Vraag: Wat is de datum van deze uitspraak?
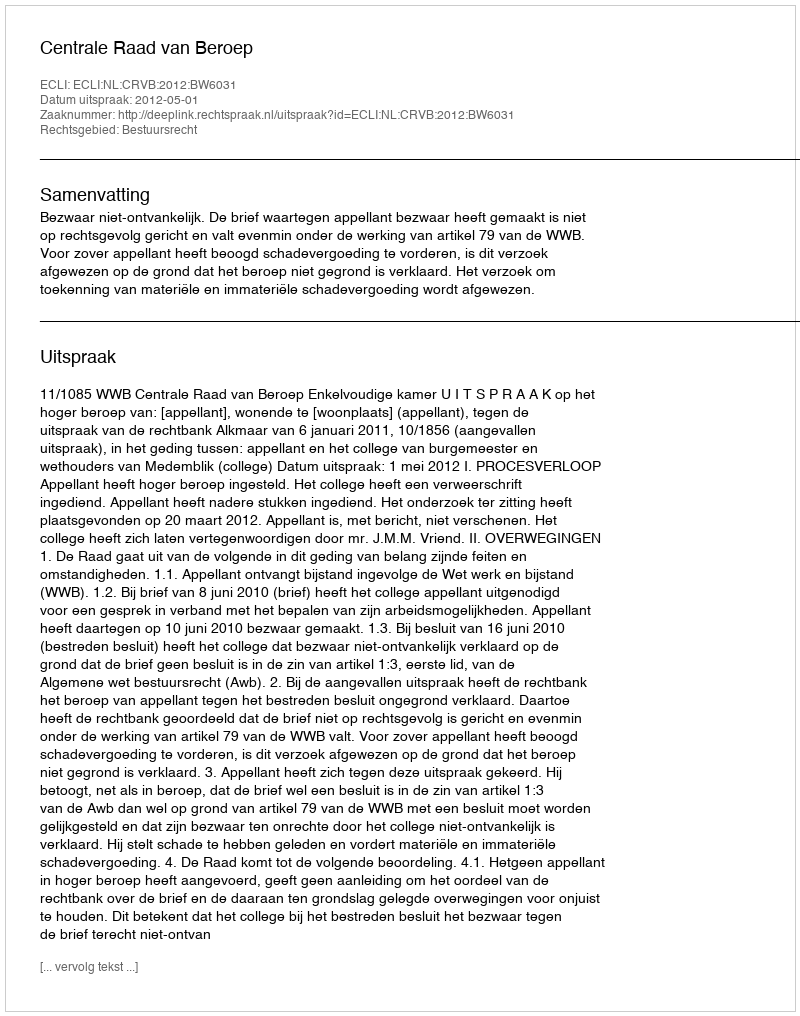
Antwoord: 2012-05-01